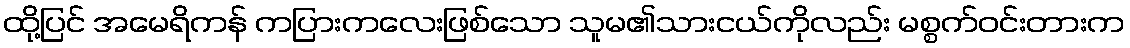
ထို့ပြင် အမေရိကန် ကပြားကလေးဖြစ်သော သူမ၏သားငယ်ကိုလည်း မစ္စက်ဝင်းတားက